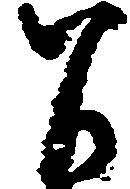
間